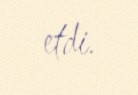
etdi.